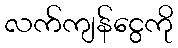
လက်ကျန်ငွေကို